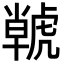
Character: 𮓫